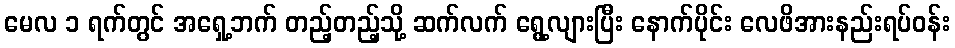
မေလ ၁ ရက်တွင် အရှေ့ဘက် တည့်တည့်သို့ ဆက်လက် ရွေ့လျားပြီး နောက်ပိုင်း လေဖိအားနည်းရပ်ဝန်း